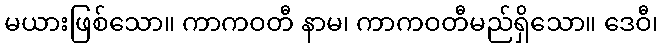
မယားဖြစ်သော။ ကာကဝတီ နာမ၊ ကာကဝတီမည်ရှိသော။ ဒေဝီ၊